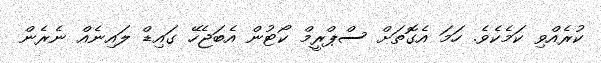
ކުރެއްވި ކަމެކެވެ. ހަމަ އެގޮތަށް ސްޕްރީމް ކޯޓުން އެބަޖެހޭ ގައިޑް ލައިނެއް ނެރެން